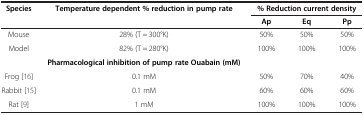
<table><thead><tr><td rowspan="2"><b>Species</b></td><td rowspan="2"><b>Temperature dependent % reduction in pump rate</b></td><td colspan="3"><b>% Reduction current density</b></td></tr><tr><td><b>Ap</b></td><td><b>Eq</b></td><td><b>Pp</b></td></tr></thead><tbody><tr><td>Mouse</td><td>28% (T = 300°K)</td><td>50%</td><td>50%</td><td>50%</td></tr><tr><td>Model</td><td>82% (T = 280°K)</td><td>100%</td><td>100%</td><td>100%</td></tr><tr><td> </td><td><b>Pharmacological inhibition of pump rate Ouabain (mM)</b></td><td colspan="3"> </td></tr><tr><td>Frog [16]</td><td>0.1 mM</td><td>50%</td><td>70%</td><td>40%</td></tr><tr><td>Rabbit [15]</td><td>0.1 mM</td><td>60%</td><td>60%</td><td>60%</td></tr><tr><td>Rat [9]</td><td>1 mM</td><td>100%</td><td>100%</td><td>100%</td></tr></tbody></table>